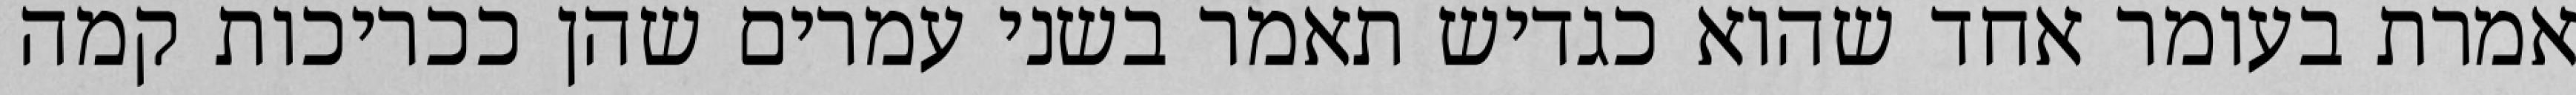
אמרת בעומר אחד שהוא כגדיש תאמר בשני עמרים שהן ככריכות קמה